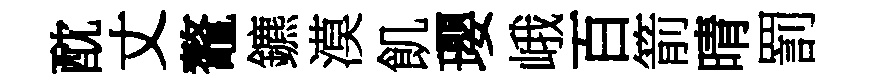
酖丈鼇鑣漠飢瓔峨百箭晴罰